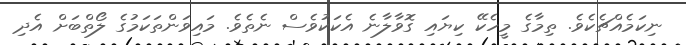
ނިކަމެއްޗެކެވެ. ތިމާގެ މީހެކޭ ކިޔައި ގޮވާލާނެ އެކަކުވެސް ނެތެވެ. މައިވަންތަކަމުގެ ލޯތްބަށް އެދި